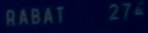
RABAT274